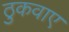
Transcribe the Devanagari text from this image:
ठुकवाए